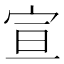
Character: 宣